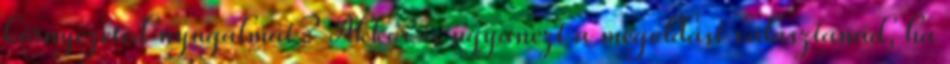
környezeted nyugalmát? Akkor is ugyanezt a megoldást választanád, ha